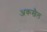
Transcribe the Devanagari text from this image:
अकखैल